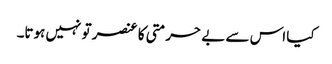
کیا اس سے بے حرمتی کا عنصر تو نہیں ہوتا۔